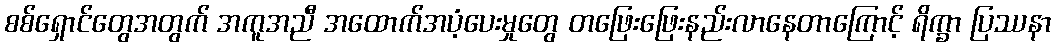
စစ်ရှောင်တွေအတွက် အကူအညီ အထောက်အပံ့ပေးမှုတွေ တဖြေးဖြေးနည်းလာနေတာကြောင့် ရိက္ခာ ပြဿနာ